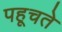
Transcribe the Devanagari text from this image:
पहूचते